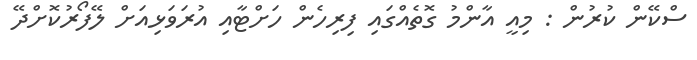
ސްކޭން ކުރުން : މިއީ އާންމު ގޮތެއްގައި ފިރިހެން ހަށްޓާއި އުރަވަޅިއަށް ލޭފޯރުކޮށްދޭ